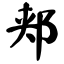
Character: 郏